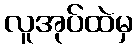
လူအုပ်ထဲမှ